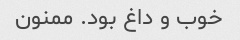
خوب و داغ بود. ممنون